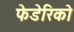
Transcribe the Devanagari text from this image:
फेडेरिको